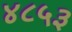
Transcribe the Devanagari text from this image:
४८५३